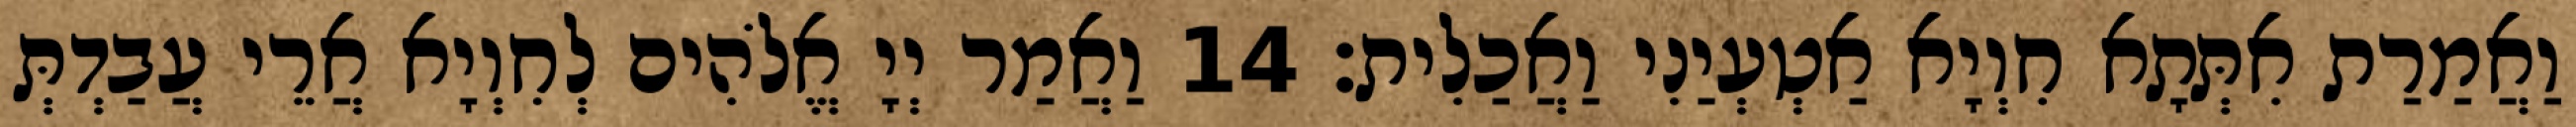
וַאֲמַרַת אִתְּתָא חִוְיָא אַטְעְיַנִי וַאֲכַלִית׃ 14 וַאֲמַר יְיָ אֱלֹהִים לְחִוְיָא אֲרֵי עֲבַדְתְּ